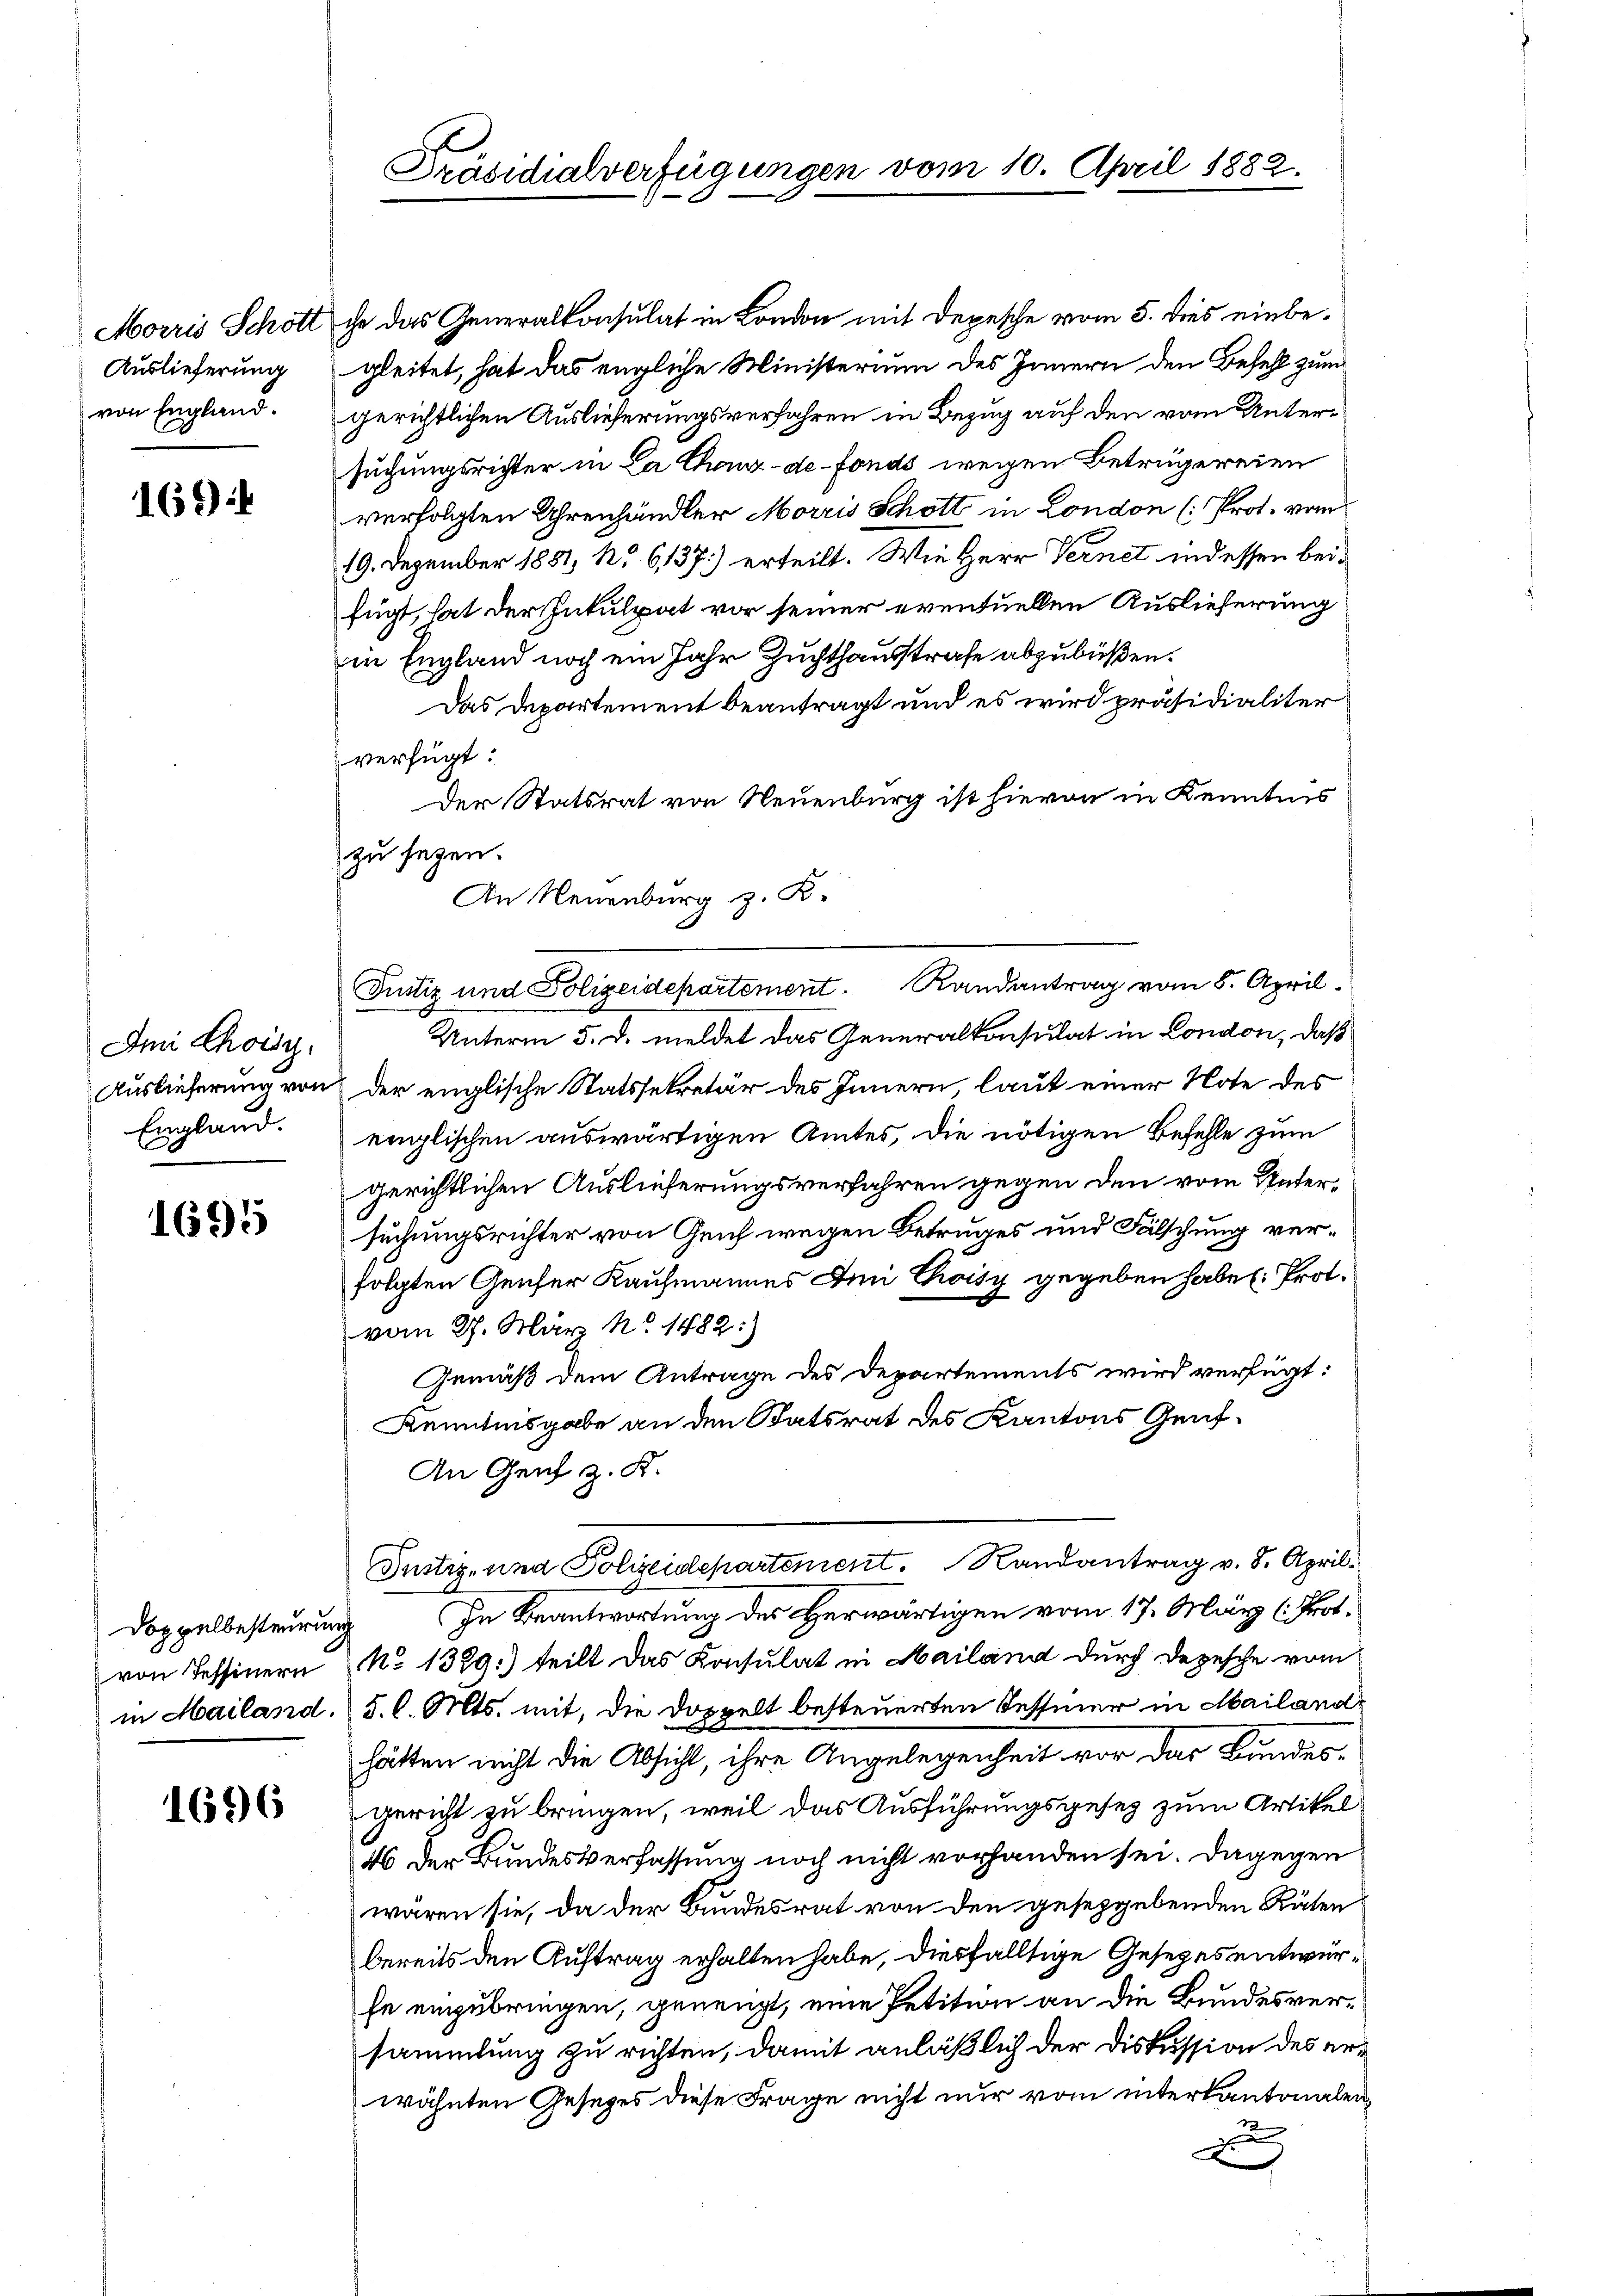
Morris Schott
Auslieferung
von England.

169

Im Choisy.
Auslieferung von
England.

1695

Doppelbesteurung
von Tessinern
in Mailand.

1696

Präsidialverfügungen vom 10. April 1882.

che das Generalkonsulat in London mit Depesche vom 5. dies einbegleitet, hat das engliche Ministerium des Innern den Befehl zum
gerichtlichen Auslieferungsverfahren in Bezug auf den vom Untersuchungsrichter in La Chronz-de-Fonds wegen Betrügereien
verfolgten Uhrenhändler Morris Schott in London (: Prot. vom
19. Dezember 1881, No 6137) erteilt. Wie Herr Vernet indessen beid
fügt, hat der Inkulpat vor seiner eventuellen Auslieferung
in England noch ein Jahr Zuchthausstrafe abzubüßen.
Das Departement beantragt und es wird präsidialiter
verfügt:
Der Statsrat von Neuenburg ist hievon in Kenntnis
zu seyen.
Unterm 5. d. meldet das Generalkonsulat in London, daß
der englische Statssekretär des Innern, laut einer Note des
englischen auswärtigen Amtes, die nötigen Befehle zum
gerichtlichen Auslieferungsverfahren gegen den vom Untersuchungsrichter von Genf wegen Betruges und Fälschung verfolgten Genfer Kaufmannes Inn Choisy gegeben habe: Prot.
vom 27. März No. 1882:)
Gemäß dem Antrage des Departements wird verfügt:
Kenntnisgabe an den Statsrat des Kantons Genf¬
An Genf z. K.
Justiz- und Polizeidepartement. Randantrag v. 8. April.
In Beantwortung des Herwärtigen vom 17. März (Prof.
No 1329.) teilt das Konsulat in Mailand durch Depesche vom
§. l. Mts. mit, die Doppelt besteuerten Tessiner in Mailand
hätten nicht die Absicht, ihre Angelegenheit vor das Bundes-
gericht zu bringen, weil das Ausführungsgesetz zum Artikel¬
46 der Bundesverfassung noch nicht vorhanden sei. Dagegen
waren sie, da der Bundesrat von den geseggebenden Räten
bereits den Auftrag erhalten habe, diesfälltige Gesetzes entwerhe einzubringen, genengt, eine Petition an die Bundesversammlung zu richten, damit anläßlich der Diskussion des erwähnten Gesezes diese Frage nicht nur vom interkantonalen,
s

An Neuenburg z. K.

Justiz und Polizeidepartement Randantrag vom 8. April.